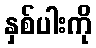
နှစ်ပါးကို